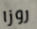
روزا